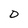
Character: D